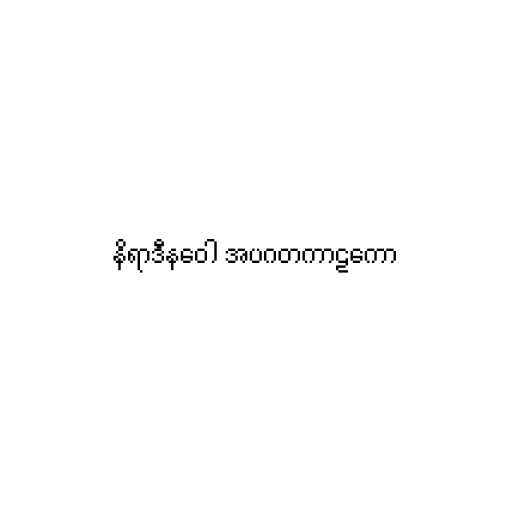
နိရာဒီနဝေါ အပဂတကာဠကော